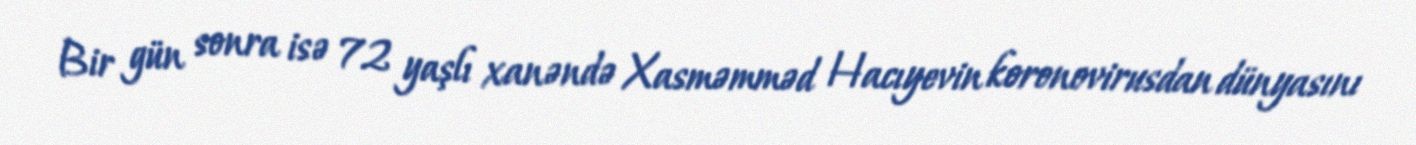
Bir gün sonra isə 72 yaşlı xanəndə Xasməmməd Hacıyevin koronovirusdan dünyasını